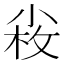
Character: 𡮋